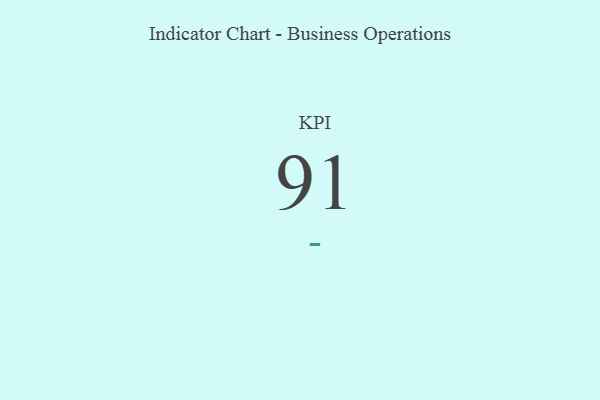
{"axis": {"x": "KPI", "y": "Value"}, "legend": [""], "data": [{"x": "KPI", "y": 91, "type": ""}]}